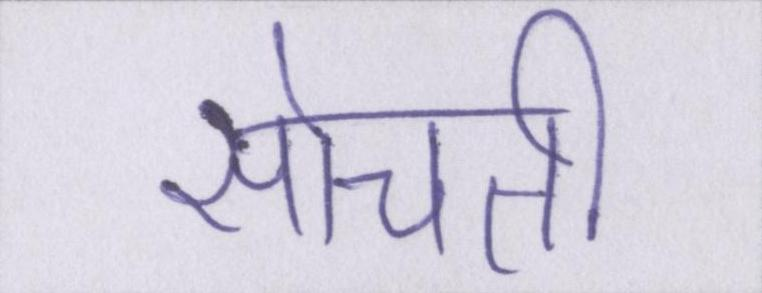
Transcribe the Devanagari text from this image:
सोचती